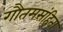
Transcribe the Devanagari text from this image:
गौतमसंहिता